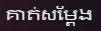
គាត់សម្ដែង